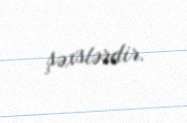
şəxslərdir.